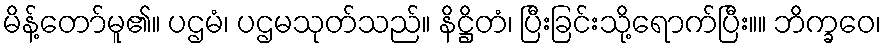
မိန့်တော်မူ၏။ ပဌမံ၊ ပဌမသုတ်သည်။ နိဋ္ဌိတံ၊ ပြီးခြင်းသို့ရောက်ပြီး။။ ဘိက္ခဝေ၊